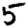
Digit: 5